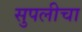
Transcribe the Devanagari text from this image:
सुपलीचा